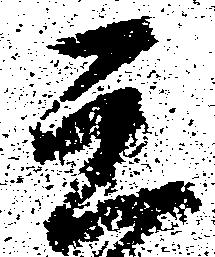
元